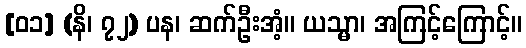
[၀၁] (နိ၊ ၇၂) ပန၊ ဆက်ဦးအံ့။ ယသ္မာ၊ အကြင့်ကြောင့်။